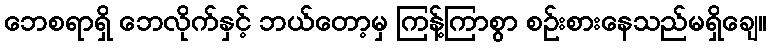
ဘေစရာရှိ ဘေလိုက်နှင့် ဘယ်တော့မှ ကြန့်ကြာစွာ စဉ်းစားနေသည်မရှိချေ။